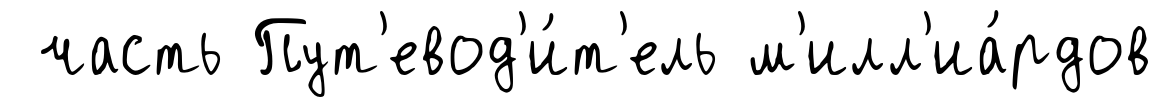
часть Пут'евод'и́т'ель м'илл'иа́рдов